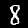
Label: 8